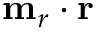
\mathbf { m } _ { r } \cdot \mathbf { r }